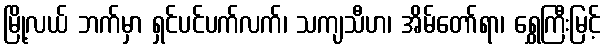
မြို့လယ် ဘက်မှာ ရှင်ပင်ပက်လက်၊ သကျသီဟ၊ အိမ်တော်ရာ၊ ရွှေကြီးမြင့်